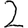
Digit: 2